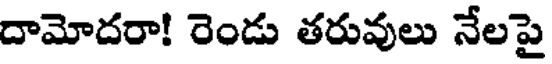
దామోదరా! రెండు తరువులు నేలపై